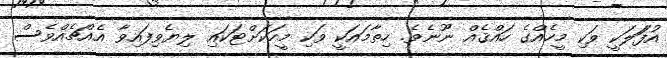
އުފަަލަކީ ވަކި މީހެއްގެ ހައްޤެއް ނޫނެވެ. ހިތާމައަކީ ވަކި މީހަކަށްޓަކައި ލިޔެވިފައިވާ އެއްޗެއްވެސް